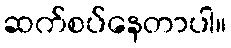
ဆက်စပ်နေတာပါ။